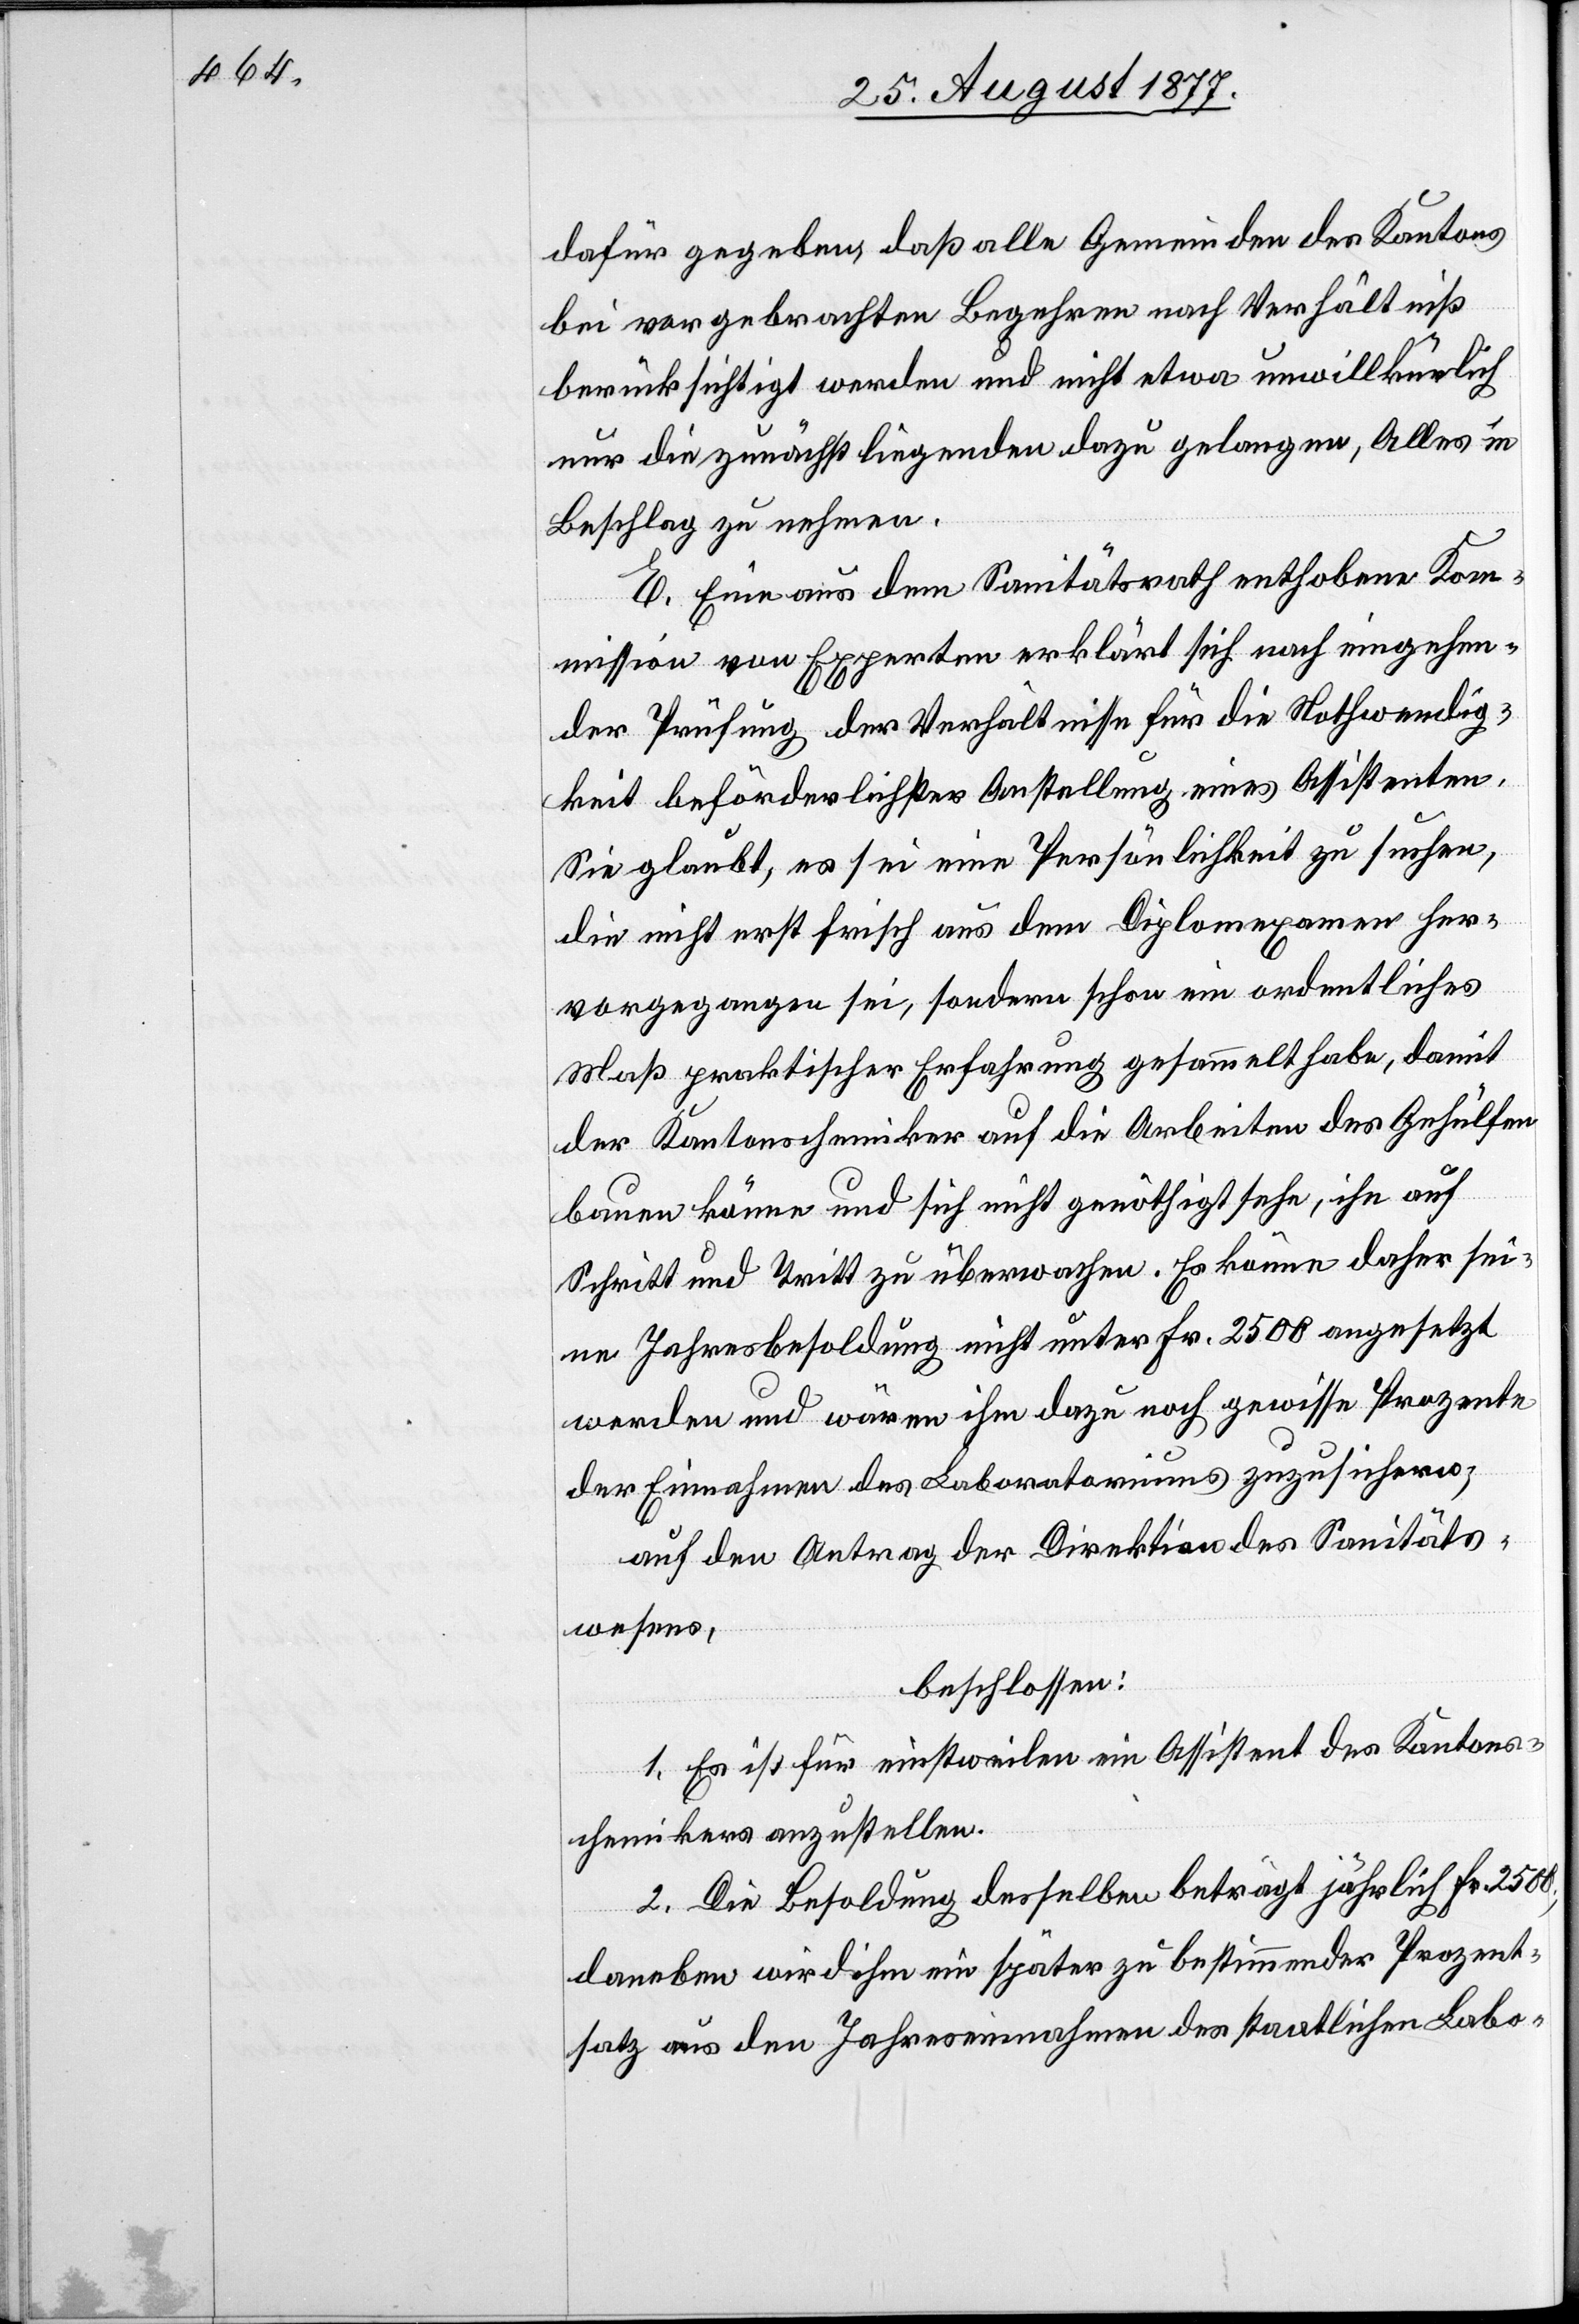
dafür gegeben, daß alle Gemeinden des Kantons
bei vorgebrachten Begehren nach Verhältniß
berücksichtigt werden und nicht etwa unwillkürlich
nur die zunächst liegenden dazu gelangen, Alles in
Beschlag zu nehmen.
E. Eine aus dem Sanitätsrath enthobene Ko¬
mmission von Experten erklärt sich nach eingehen¬
der Prüfung der Verhältnisse für die Nothwendig¬
keit beförderlichster Anstellung eines Assistenten.
Sie glaubt, es sei eine Persönlichkeit zu suchen,
die nicht erst frisch aus dem Diplomexamen her¬
vorgegangen sei, sondern schon ein ordentliches
Maß praktischer Erfahrung gesammelt habe, damit
der Kantonschemiker auf die Arbeiten des Gehülfen
bauen könne und sich nicht genöthigt sehe, ihn auf
Schritt und Tritt zu überwachen. Es könne daher sei¬
ne Jahresbesoldung nicht unter Fr. 2500 angesetzt
werden und wären ihm dazu noch gewisse Prozente
der Einnahmen des Laboratoriums zuzusichern;
auf den Antrag der Direktion des Sanitäts¬
wesens,
beschlossen:
1. Es ist für einstweilen ein Assistent des Kantons¬
chemikers anzustellen.
2. Die Besoldung desselben beträgt jährlich Fr. 2500;
daneben wird ihm ein später zu bestimmender Prozent¬
satz aus den Jahreseinnahmen des staatlichen Labo-